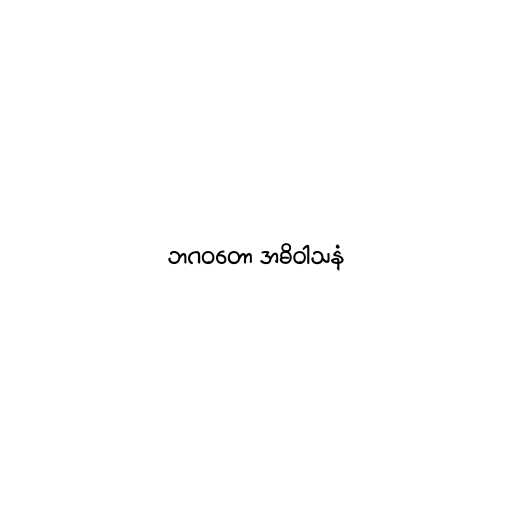
ဘဂဝတော အဓိဝါသနံ